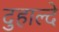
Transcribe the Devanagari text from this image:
दुहाल्दे